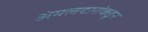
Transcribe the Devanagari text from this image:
अंमलदारांकडून